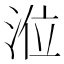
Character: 涖